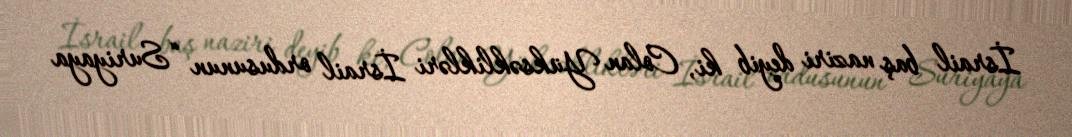
İsrail baş naziri deyib ki, Colan Yüksəklikləri İsrail ordusunun “Suriyaya